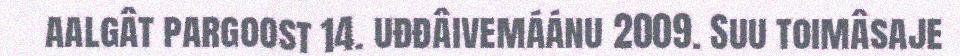
aalgât pargoost 14. uđđâivemáánu 2009. Suu toimâsaje